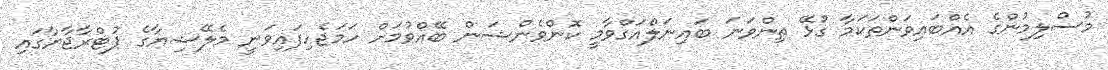
މުސްލިމުންގެ އެއްބައިވަންތަކަމާ ގުޅޭ ތިންވަނަ ބައިނަލްއަގްވާމީ ކޮންވެންޝަން ބޭއްވުމަށް ހަމަޖެހިފައިވަނީ މެލޭޝިޔާގެ ޕުޓްރާޖާޔާގައި